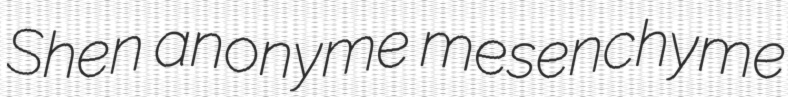
Shen anonyme mesenchyme